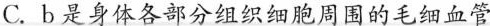
B.与a相比，c管中壁厚，弹性大